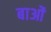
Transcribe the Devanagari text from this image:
बाओं